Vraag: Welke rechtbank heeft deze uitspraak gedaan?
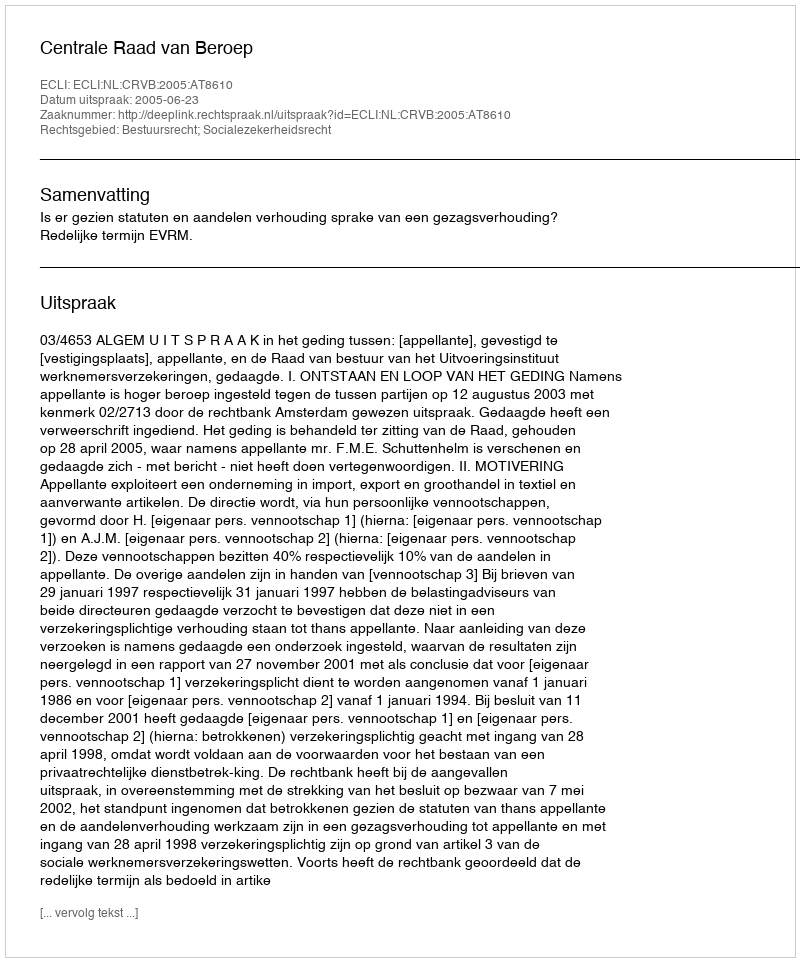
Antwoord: Centrale Raad van Beroep